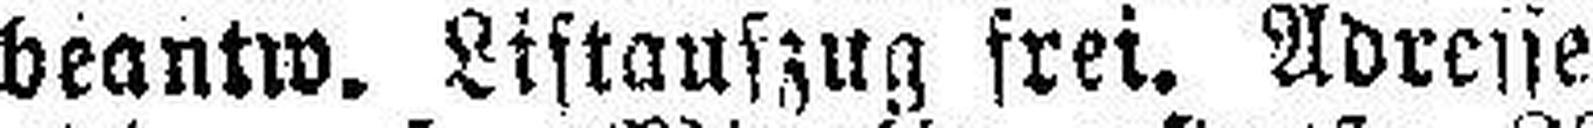
beantw. Listauszug frei. Adresse